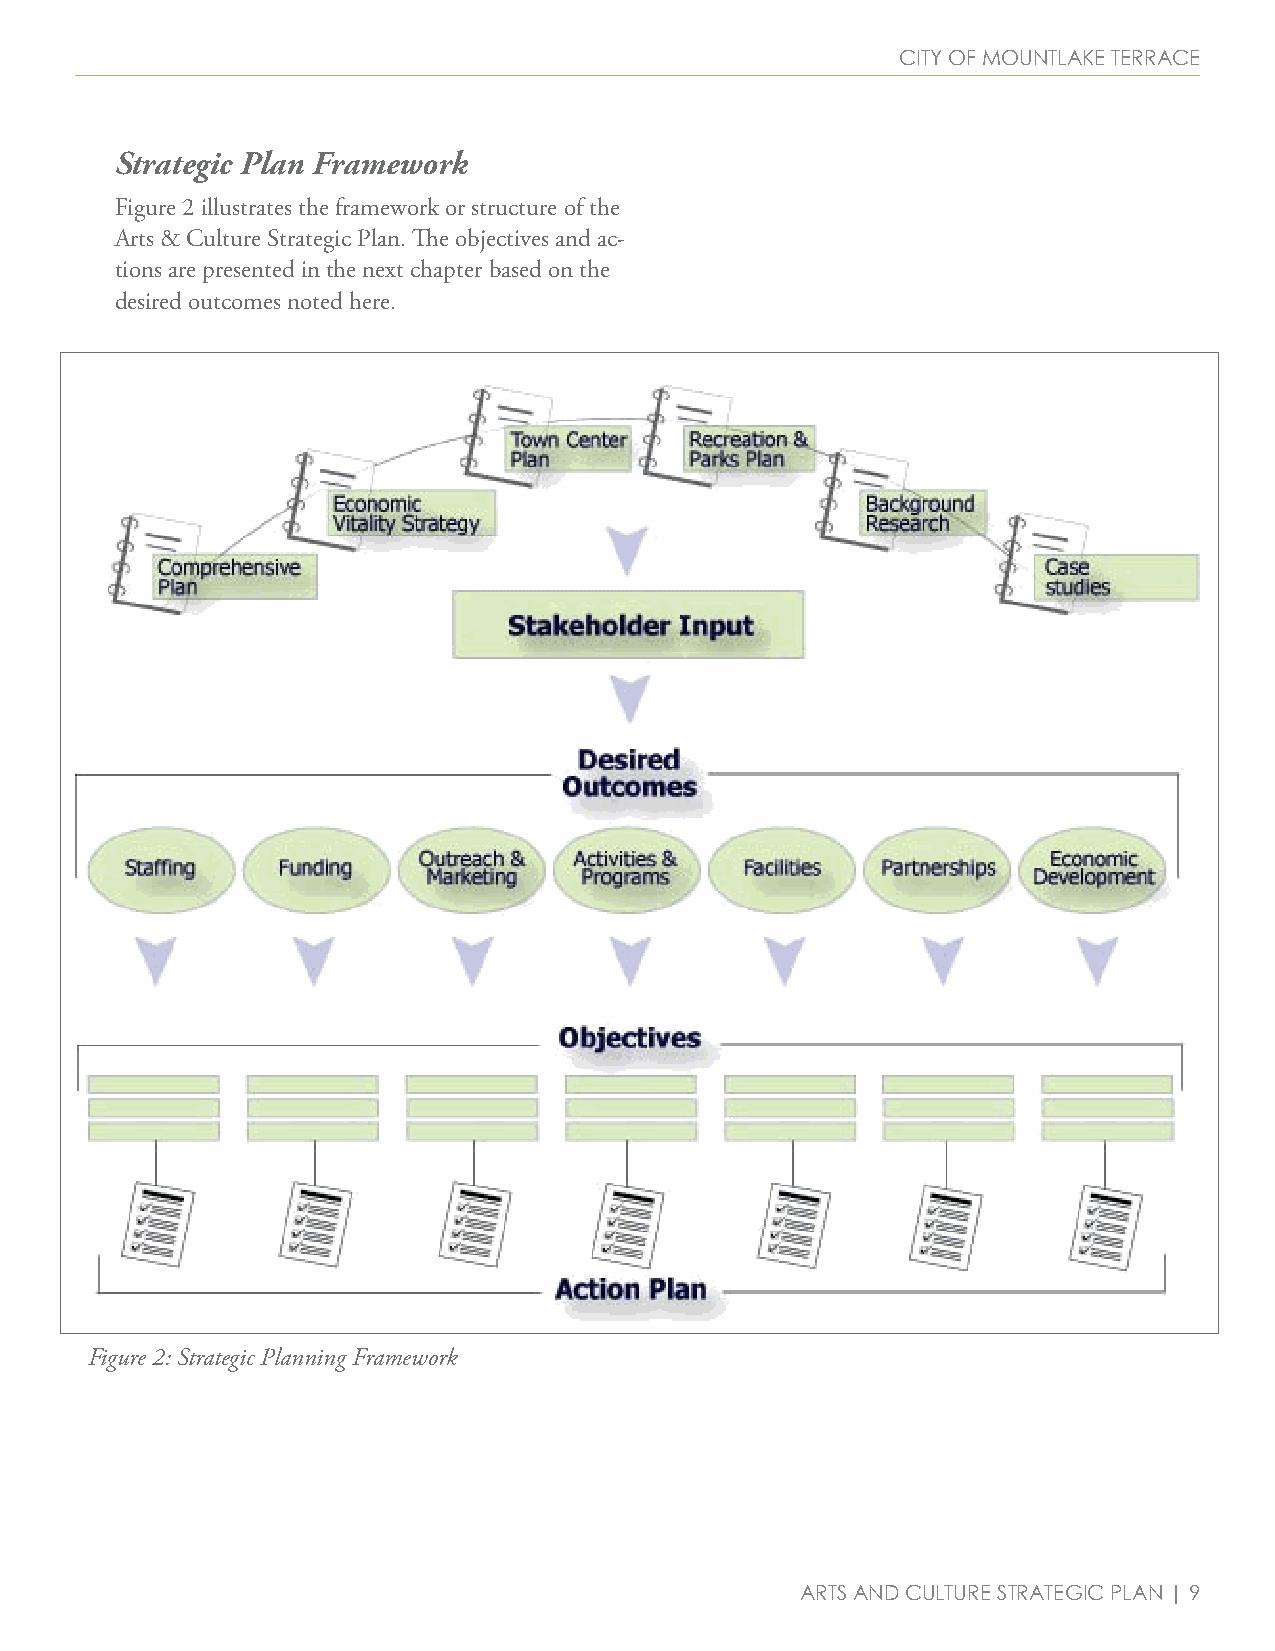
City of mountlake terraCe
 Strategic Plan Framework
 Figure 2 illustrates the framework or structure of the
 Arts & Culture Strategic Plan. The objectives and ac-
 tions are presented in the next chapter based on the
 desired outcomes noted here.
 Figure 2: Strategic Planning Framework
 arts and Culture strategiC Plan | 9